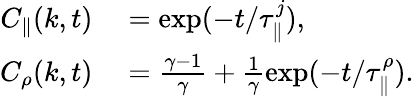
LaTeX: \begin{array}{rl}{C_{\parallel}(k,t)}&{{}=\exp(-t/\tau_{\parallel}^{j}),}\\ {C_{\rho}(k,t)}&{{}=\frac{\gamma-1}{\gamma}+\frac{1}{\gamma}\exp(-t/\tau_{\parallel}^{\rho}).}\end{array}